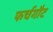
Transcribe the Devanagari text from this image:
फर्चगौट